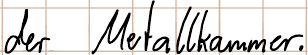
der Metallkammer.